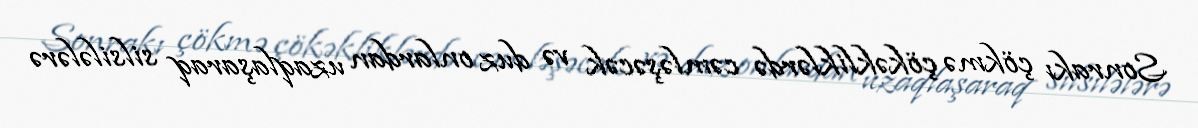
Sonrakı çökmə çökəkliklərdə cəmləşəcək və duz onlardan uzaqlaşaraq silsilələrə